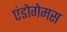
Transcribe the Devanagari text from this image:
एंडोगेमस